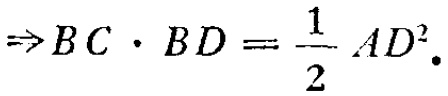
$\Rightarrow BC\cdot BD=\frac{1}{2}AD^{2}.$